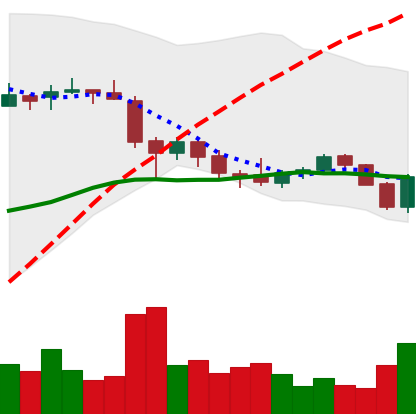
Ticker: EOS-USD
Chart end date: 2018-05-24
Forward return: -4.44%
Label: down_3_5